Vaccination United Provinces of Agra and Oudh 1902-1913 - 1902-1913
Year: 1902
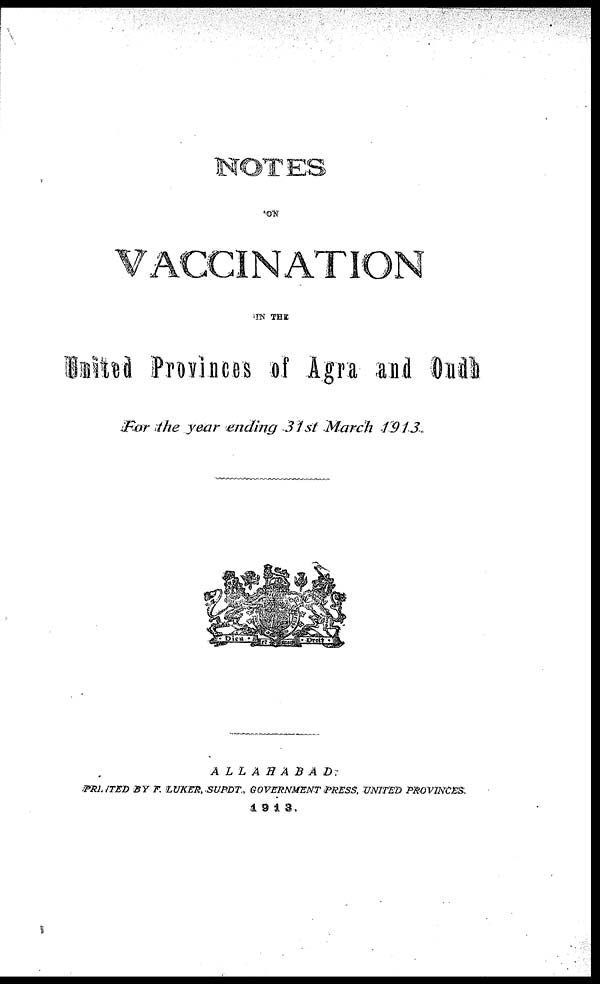
NOTES
ON
VACCINATION
IN THE
United Provinces of Agra and Oudh
For the year ending 31st March
1913.
A
LLAHABAD
PRINTED BY F. LUKER, SUPDT GOVERNMENT PRESS, UNITED PROVINCES.
1913.